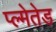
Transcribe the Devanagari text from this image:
प्ल्मेतेड